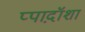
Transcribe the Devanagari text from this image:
प्पाद़ॉशा